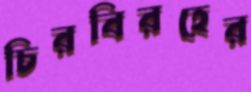
চিরবিরহের